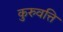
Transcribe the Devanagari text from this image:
कुरुवत्ति